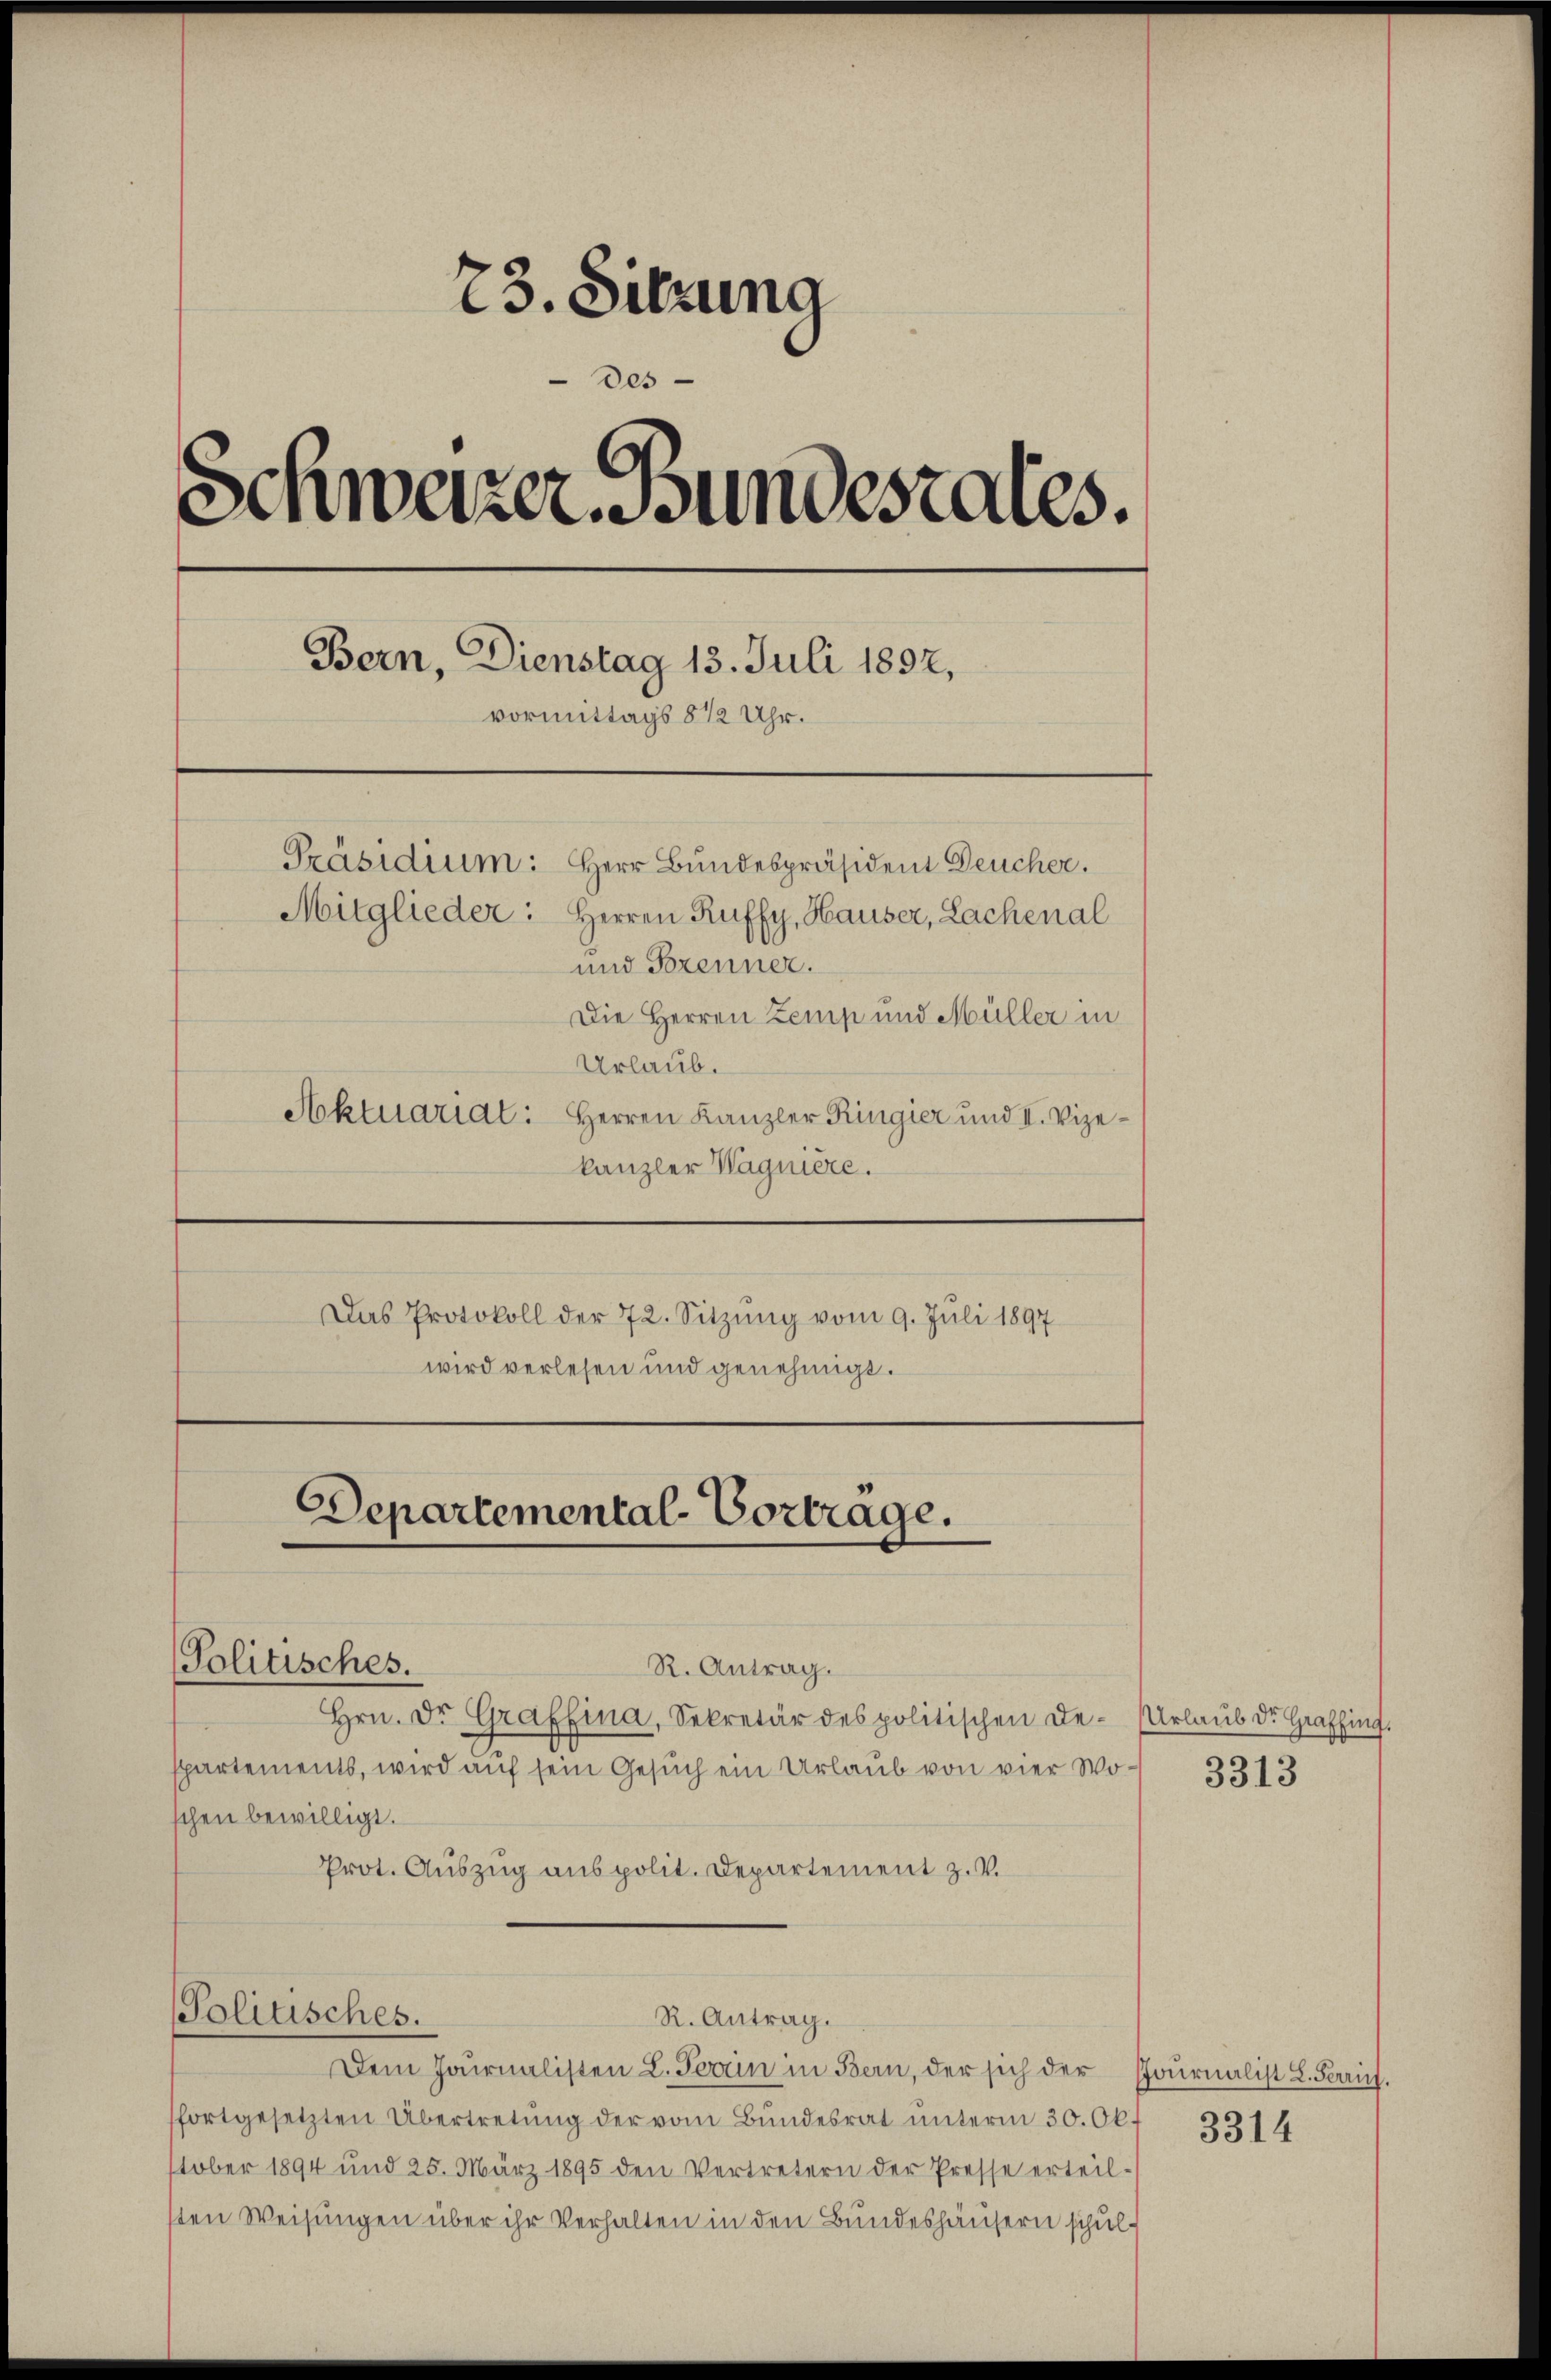
73. Sitzung
des
Schweizer Bundestates.
Bern, Dienstag 13. Juli 1897,
vormittags § 12 Uhr.
Präsidium: Herr Bundespräsident Deucher.
Mitglieder. Herren Ruffy, Hauser, Lachenal
und Trenner.
Die Herren Zemp und Müller in
Urlaub.
Aktuariat: Herren Kanzler Ringier und II. Vize¬

kanzler Wagniere.
Das Protokoll der 72. Sitzŭng vom 9. Juli 1897
wird verlesen und genehmigt.

Departemental-Vortrage.
Politisches.
R. Antrag.

Hrn. Dr. Graffina, Sekretär des politischen De-Urlaub der Graffing.
spartements, wird auf sein Gesuch ein Urlaub von vier Woschen bewilligt.
Prot. Auszug aus polit. Departement z. V.

Politisches.
R. Antrag.

Dem Journalisten L. Terrin in Bern, der sich der Journalist L. Perrich.
fortgesetzten Übertretŭng der vom Bundesrat ŭnterm 30. Okt
tober 1894 und 25. März 1895 den Vertretern der Presse erteil-
sten Weisungen über ihr Verhalten in den Bundeshäusern schul¬

3313

3314